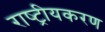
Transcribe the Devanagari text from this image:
राष्‍ट्रीयकरण